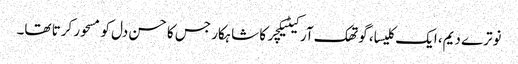
نوترے دیم، ایک کلیسا، گوتھک آرکیٹیکچر کا شاہکار جس کا حسن دل کو مسحور کرتا تھا۔